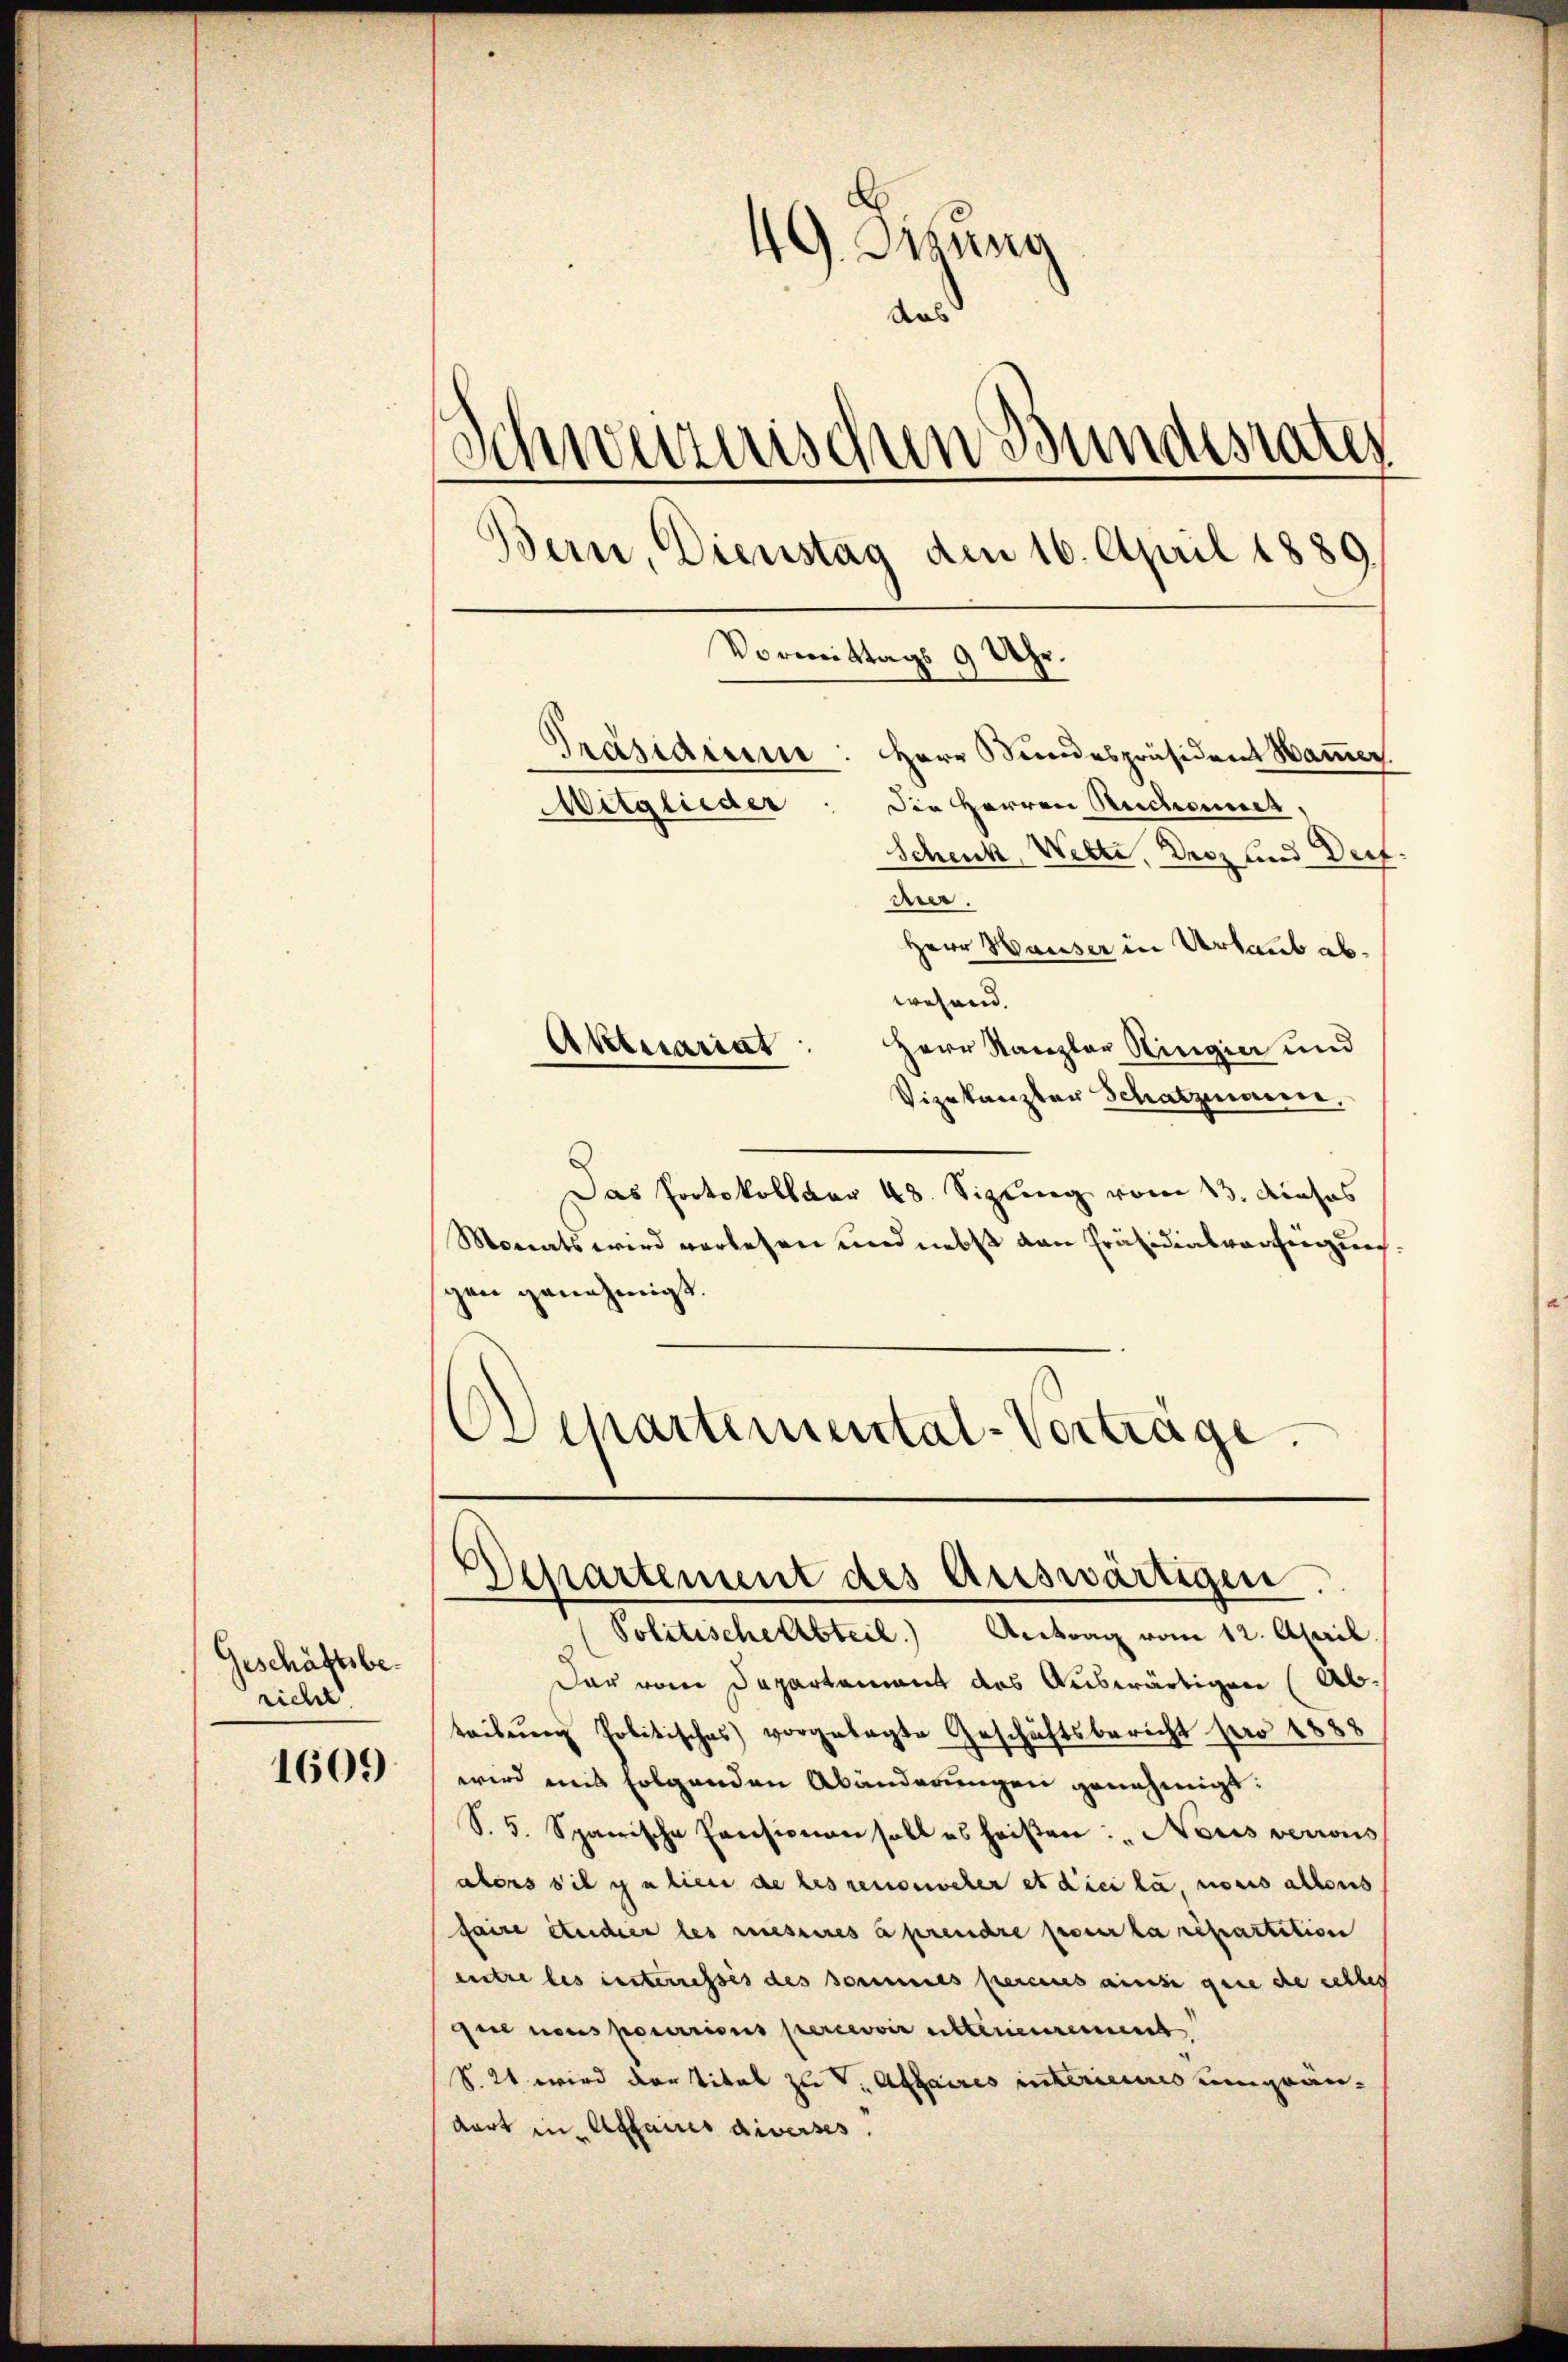
Geschäftsbericht

1609

49. Dirung
daß
Schweizerischen Bundesrates
Bern, Dienstag den 16. April 1889.
Vormittags 9 Uhr.
Präsidium: Herr Stundespräsident Hammer.
Die Herren Reichennet,
Mitglieder
Schenk, Welti, Derz und Dorf

d.
Herr Hauser in Urlaub abwehend.
Herr Kanzler Ringier und
Aktuariat
Vizekanzler Schatzmann.
Das Portokollver 48. Sizung vom 13. dieses
Monats wird verlesen und nebst den Präsidialverfügung.
gen genehmigt.
Departemental-Vorträge.

Departement des Auswärtigen.
Politische Abteil) Antrag vom 12. April.

Der vom Departement des Auswärtigen (Abteilŭng politisches vorgelegte Geschäftsbericht pro 1888
wird mit folgenden Abänderungen genehmigt:
S. 5. Spanische Pensionen soll es heißen: „Nous verrous
alers s’il y a lieu de les renosseler et dici la nous allens
faire Studier les messeres a prendre seiner la repartition
entre les insterrisses des sommes percens ausse gene de cetter
que nous pourrions percevoir ritterieurement
S. 24 wird der Titel zu v. Affaires interieures ungrandart in Affaires diverses.